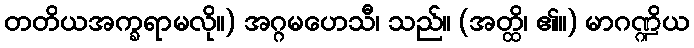
တတိယအက္ခရာမလို။) အဂ္ဂမဟေသီ၊ သည်။ (အတ္ထိ၊ ၏။) မာဂဏ္ဍိယ